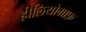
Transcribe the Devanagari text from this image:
हीलियोग्राफ़